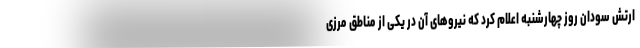
ارتش سودان روز چهارشنبه اعلام کرد که نیروهای آن در یکی از مناطق مرزی